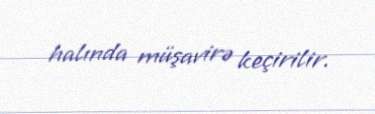
halında müşavirə keçirilir.